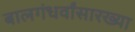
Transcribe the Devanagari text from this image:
बालगंधर्वांसारख्या